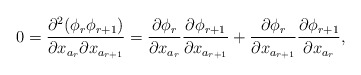
\begin{align*}0=\frac{\partial^2 (\phi_r \phi_{r+1})}{\partial x_{a_r} \partial x_{a_{r+1}}}=\frac{\partial \phi_r}{\partial x_{a_r}}\frac{\partial \phi_{r+1}}{\partial x_{a_{r+1}}}+\frac{\partial \phi_r}{\partial x_{a_{r+1}}}\frac{\partial \phi_{r+1}}{\partial x_{a_r}},\end{align*}